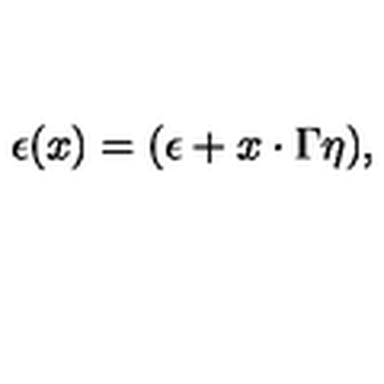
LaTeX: \epsilon ( x ) = ( \epsilon + x \cdot \Gamma \eta ) ,